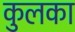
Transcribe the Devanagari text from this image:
कुलका